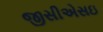
જીસીએસઇ